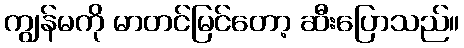
ကျွန်မကို မာတင်မြင်တော့ ဆီးပြောသည်။